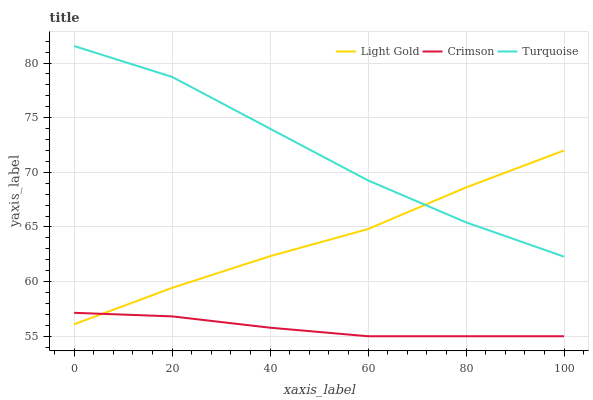
| xaxis_label | Light Gold | Crimson | Turquoise |
 | --- | --- | --- | --- |
 | 0 | 56.1 | 57.1 | 81.6 |
 | 20 | 59.4 | 56.8 | 78.7 |
 | 40 | 62.3 | 55.8 | 74 |
 | 60 | 64.8 | 55 | 69.3 |
 | 80 | 68.6 | 55 | 65.4 |
 | 100 | 72 | 55 | 62.3 |